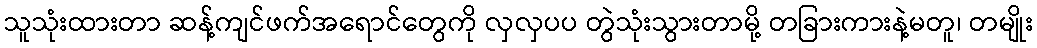
သူသုံးထားတာ ဆန့်ကျင်ဖက်အရောင်တွေကို လှလှပပ တွဲသုံးသွားတာမို့ တခြားကားနဲ့မတူ၊ တမျိုး